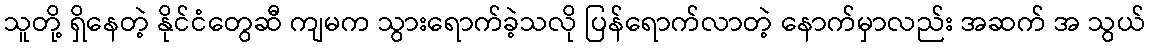
သူတို့ ရှိနေတဲ့ နိုင်ငံတွေဆီ ကျမက သွားရောက်ခဲ့သလို ပြန်ရောက်လာတဲ့ နောက်မှာလည်း အဆက် အ သွယ်